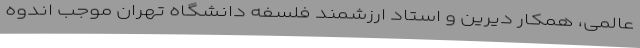
عالمی، همکار دیرین و استاد ارزشمند فلسفه دانشگاه تهران موجب اندوه